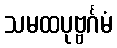
သမထပုဗ္ဗင်္ဂမံ